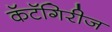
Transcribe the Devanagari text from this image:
कॅटॅगिरीज